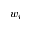
w _ { i }